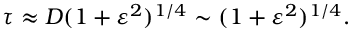
\tau \approx D ( 1 + \varepsilon ^ { 2 } ) ^ { 1 / 4 } \sim ( 1 + \varepsilon ^ { 2 } ) ^ { 1 / 4 } .